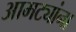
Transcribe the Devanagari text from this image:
आमट्यांना